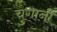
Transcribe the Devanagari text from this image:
चुगानी